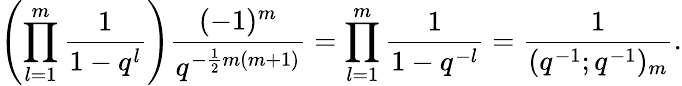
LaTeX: \left(\prod_{l=1}^{m}\frac{1}{1-q^{l}}\right)\frac{(-1)^{m}}{q^{-\frac{1}{2}m(m+1)}}=\prod_{l=1}^{m}\frac{1}{1-q^{-l}}=\frac{1}{(q^{-1};q^{-1})_{m}}.